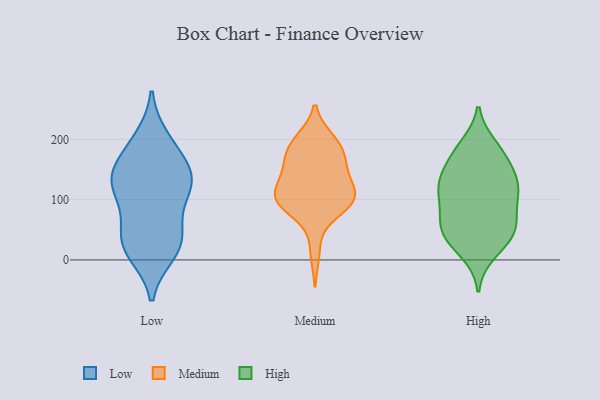
{"axis": {"x": "Website Visitors", "y": "Value"}, "legend": ["High", "Low", "Medium"], "data": [{"x": "", "y": 119, "type": "Low"}, {"x": "", "y": 162, "type": "Low"}, {"x": "", "y": 137, "type": "Low"}, {"x": "", "y": 200, "type": "Low"}, {"x": "", "y": 129, "type": "Low"}, {"x": "", "y": 133, "type": "Low"}, {"x": "", "y": 93, "type": "Low"}, {"x": "", "y": 187, "type": "Low"}, {"x": "", "y": 129, "type": "Low"}, {"x": "", "y": 32, "type": "Low"}, {"x": "", "y": 12, "type": "Low"}, {"x": "", "y": 41, "type": "Low"}, {"x": "", "y": 41, "type": "Low"}, {"x": "", "y": 17, "type": "Low"}, {"x": "", "y": 194, "type": "Medium"}, {"x": "", "y": 103, "type": "Medium"}, {"x": "", "y": 148, "type": "Medium"}, {"x": "", "y": 13, "type": "Medium"}, {"x": "", "y": 125, "type": "Medium"}, {"x": "", "y": 165, "type": "Medium"}, {"x": "", "y": 182, "type": "Medium"}, {"x": "", "y": 98, "type": "Medium"}, {"x": "", "y": 99, "type": "Medium"}, {"x": "", "y": 196, "type": "Medium"}, {"x": "", "y": 121, "type": "Medium"}, {"x": "", "y": 83, "type": "Medium"}, {"x": "", "y": 114, "type": "Medium"}, {"x": "", "y": 81, "type": "Medium"}, {"x": "", "y": 166, "type": "Medium"}, {"x": "", "y": 199, "type": "Medium"}, {"x": "", "y": 103, "type": "Medium"}, {"x": "", "y": 100, "type": "Medium"}, {"x": "", "y": 154, "type": "Medium"}, {"x": "", "y": 94, "type": "High"}, {"x": "", "y": 51, "type": "High"}, {"x": "", "y": 174, "type": "High"}, {"x": "", "y": 130, "type": "High"}, {"x": "", "y": 12, "type": "High"}, {"x": "", "y": 45, "type": "High"}, {"x": "", "y": 76, "type": "High"}, {"x": "", "y": 110, "type": "High"}, {"x": "", "y": 182, "type": "High"}, {"x": "", "y": 27, "type": "High"}, {"x": "", "y": 127, "type": "High"}, {"x": "", "y": 118, "type": "High"}, {"x": "", "y": 49, "type": "High"}, {"x": "", "y": 120, "type": "High"}, {"x": "", "y": 136, "type": "High"}, {"x": "", "y": 189, "type": "High"}, {"x": "", "y": 44, "type": "High"}, {"x": "", "y": 162, "type": "High"}, {"x": "", "y": 67, "type": "High"}]}